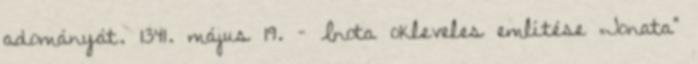
adományát. 1341. május 19. – Inota okleveles említése „Jonata”